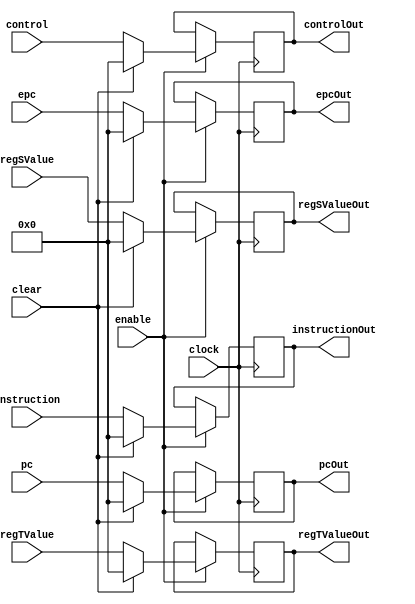
`timescale 1ns / 1ps
//////////////////////////////////////////////////////////////////////////////////
// Company: HUST
//
// Design Name:
// Module Name: pipeIDEX
// Project Name:
// Target Devices:
// Tool Versions:
// Description:
//
// Dependencies:
//
// Revision:
// Revision 0.01 - File Created
// Additional Comments:
//
//////////////////////////////////////////////////////////////////////////////////


module PipeIDEX(
        input wire clock,
        input wire enable,
        input wire clear,
        input wire[31: 0] control,
        input wire[31: 0] instruction,
        input wire[31: 0] pc,
        input wire[31: 0] regSValue,
        input wire[31: 0] regTValue,
        input wire[31: 0] epc,
        output reg[31: 0] controlOut = 0,
        output reg[31: 0] instructionOut = 0,
        output reg[31: 0] pcOut = 0,
        output reg[31: 0] regSValueOut = 0,
        output reg[31: 0] regTValueOut = 0,
        output reg[31: 0] epcOut = 0
    );
    always @(posedge clock) begin
        if(enable) begin
            if (clear) begin
                controlOut <= 32'h0000_0000;
                instructionOut <= 32'h0000_0000;
                pcOut <= 32'h0000_0000;
                regSValueOut <= 32'h0000_0000;
                regTValueOut <= 32'h0000_0000;
                epcOut <= 32'h0000_0000;
            end else begin
                controlOut <= control;
                instructionOut <= instruction;
                pcOut <= pc;
                regSValueOut <= regSValue;
                regTValueOut <= regTValue;
                epcOut <= epc;
            end
        end else begin
            controlOut <= controlOut;
            instructionOut <= instructionOut;
            pcOut <= pcOut;
            regSValueOut <= regSValueOut;
            regTValueOut <= regTValueOut;
            epcOut <= epcOut;
        end
    end
endmodule